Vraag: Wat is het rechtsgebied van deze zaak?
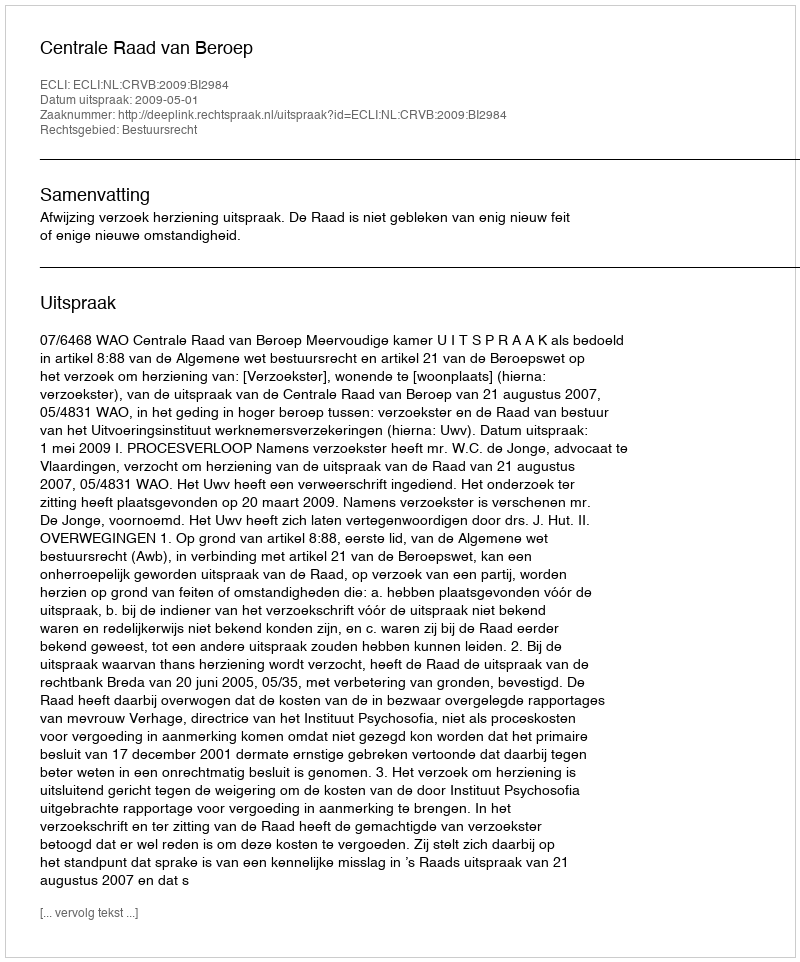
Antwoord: Bestuursrecht